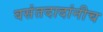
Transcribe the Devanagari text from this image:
वसंतदादांनीच